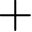
+